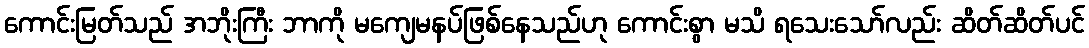
ကောင်းမြတ်သည် အဘိုးကြီး ဘာကို မကျေမနပ်ဖြစ်နေသည်ဟု ကောင်းစွာ မသိ ရသေးသော်လည်း ဆိတ်ဆိတ်ပင်